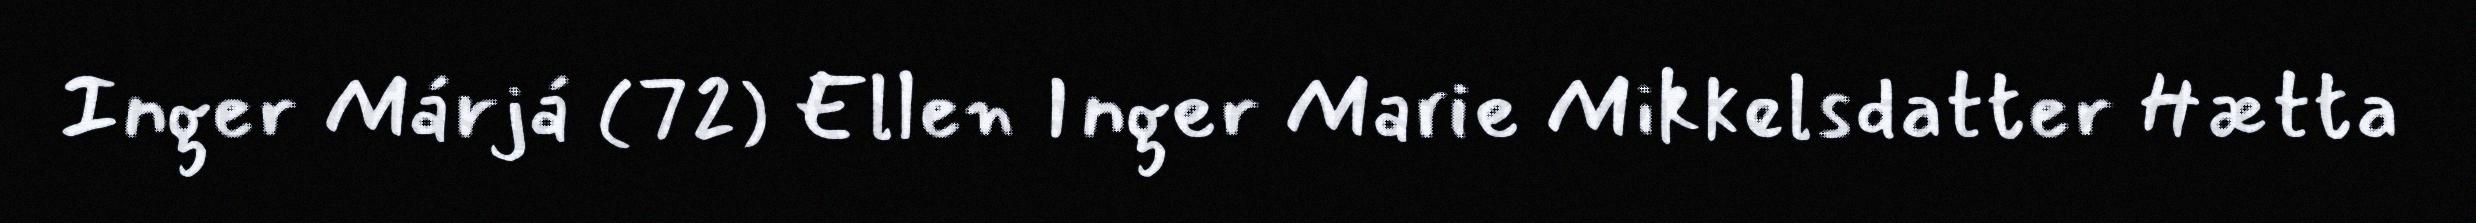
Inger Márjá (72) Ellen Inger Marie Mikkelsdatter Hætta